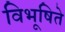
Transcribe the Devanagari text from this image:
विभूषिते